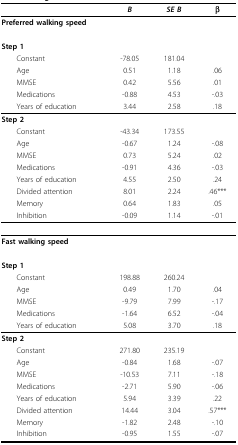
|  | B | SE B | β |
 | --- | --- | --- | --- |
 | Preferred walking speed |  |  |  |
 | Step 1 |  |  |  |
 | Constant | -78.05 | 181.04 |  |
 | Age | 0.51 | 1.18 | .06 |
 | MMSE | 0.42 | 5.56 | .01 |
 | Medications | -0.88 | 4.53 | -.03 |
 | Years of education | 3.44 | 2.58 | .18 |
 | Step 2 |  |  |  |
 | Constant | -43.34 | 173.55 |  |
 | Age | -0.67 | 1.24 | -.08 |
 | MMSE | 0.73 | 5.24 | .02 |
 | Medications | -0.91 | 4.36 | -.03 |
 | Years of education | 4.55 | 2.50 | .24 |
 | Divided attention | 8.01 | 2.24 | .46*** |
 | Memory | 0.64 | 1.83 | .05 |
 | Inhibition | -0.09 | 1.14 | -.01 |
 | Fast walking speed |  |  |  |
 | Step 1 |  |  |  |
 | Constant | 198.88 | 260.24 |  |
 | Age | 0.49 | 1.70 | .04 |
 | MMSE | -9.79 | 7.99 | -.17 |
 | Medications | -1.64 | 6.52 | -.04 |
 | Years of education | 5.08 | 3.70 | .18 |
 | Step 2 |  |  |  |
 | Constant | 271.80 | 235.19 |  |
 | Age | -0.84 | 1.68 | -.07 |
 | MMSE | -10.53 | 7.11 | -.18 |
 | Medications | -2.71 | 5.90 | -.06 |
 | Years of education | 5.94 | 3.39 | .22 |
 | Divided attention | 14.44 | 3.04 | .57*** |
 | Memory | -1.82 | 2.48 | -.10 |
 | Inhibition | -0.95 | 1.55 | -.07 |